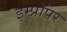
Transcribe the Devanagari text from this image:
इम्प्रॉपर